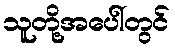
သူတို့အပေါ်တွင်